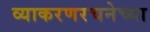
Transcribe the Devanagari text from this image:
व्याकरणरचनेच्या